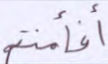
أفأمنتم